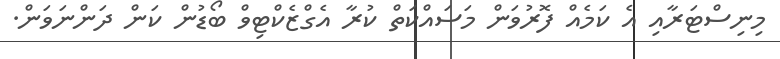
މިނިސްޓަރާއި އެ ކަމެއް ފޮރުވަން މަސައްކަތް ކުރާ އެގްޒެކްޓިވް ބޯޑުން ކަން ދަންނަވަން.